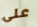
على